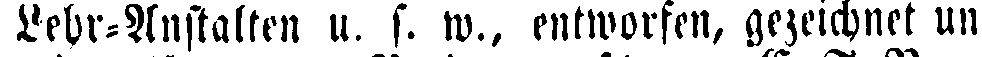
Lehr-Anstalten u. s. w.. entworfen, gezeichnet und